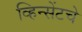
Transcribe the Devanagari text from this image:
व्हिन्सेंटचे